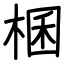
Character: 棞